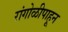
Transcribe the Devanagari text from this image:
रांगोळीपाहून